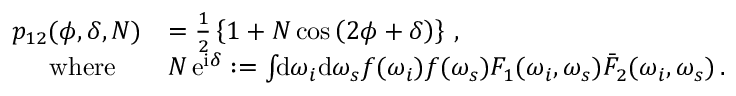
\begin{array} { r l } { p _ { 1 2 } ( \phi , \delta , N ) } & { = \frac { 1 } { 2 } \left\{ 1 + N \cos \left( 2 \phi + \delta \right) \right\} \, , } \\ { \mathrm { w h e r e } \quad } & { N \, \mathrm { e } ^ { \mathrm { i } \delta } : = \int \! \! \mathrm { d } \omega _ { i } \mathrm { d } \omega _ { s } f ( \omega _ { i } ) f ( \omega _ { s } ) F _ { 1 } ( \omega _ { i } , \omega _ { s } ) \bar { F } _ { 2 } ( \omega _ { i } , \omega _ { s } ) \, . } \end{array}